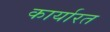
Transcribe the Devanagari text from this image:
कार्यारत